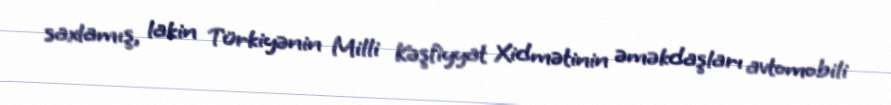
saxlamış, lakin Türkiyənin Milli Kəşfiyyat Xidmətinin əməkdaşları avtomobili